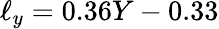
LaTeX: \ell_{y}=0.36Y-0.33